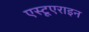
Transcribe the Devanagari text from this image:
एस्टूएराइन